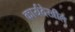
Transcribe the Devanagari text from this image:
कार्यदेखील